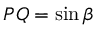
P Q = \sin \beta